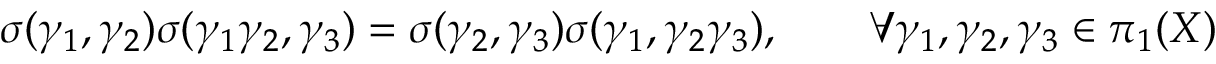
\sigma ( \gamma _ { 1 } , \gamma _ { 2 } ) \sigma ( \gamma _ { 1 } \gamma _ { 2 } , \gamma _ { 3 } ) = \sigma ( \gamma _ { 2 } , \gamma _ { 3 } ) \sigma ( \gamma _ { 1 } , \gamma _ { 2 } \gamma _ { 3 } ) , \qquad \forall \gamma _ { 1 } , \gamma _ { 2 } , \gamma _ { 3 } \in \pi _ { 1 } ( X )